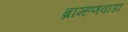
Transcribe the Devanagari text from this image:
ब्राम्हणवाडा